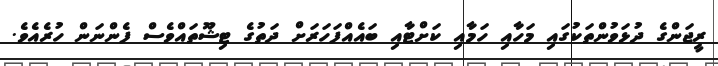
ރީޖަންގެ ދުޅަވުންތަކުގައި މަހާއި ހަމާއި ކަށްޓާއި ބައެއްފަހަރަށް ދަތުގެ ޓިޝޫތައްވެސް ފެންނަން ހުރެއެވެ.